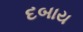
દબાય